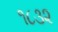
૧૮૩૨